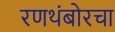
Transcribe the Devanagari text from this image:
रणथंबोरचा